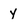
Character: y